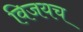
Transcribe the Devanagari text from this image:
विजयच